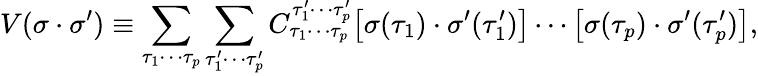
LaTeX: V(\sigma\cdot\sigma^{\prime})\equiv\sum_{\tau_{1}\cdots\tau_{p}}\sum_{\tau_{1}^{\prime}\cdots\tau_{p}^{\prime}}C_{\tau_{1}\cdots\tau_{p}}^{\tau_{1}^{\prime}\cdots\tau_{p}^{\prime}}\big[\sigma(\tau_{1})\cdot\sigma^{\prime}(\tau_{1}^{\prime})\big]\cdots\big[\sigma(\tau_{p})\cdot\sigma^{\prime}(\tau_{p}^{\prime})\big],